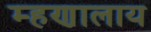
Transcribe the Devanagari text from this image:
म्हणालाय